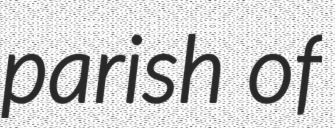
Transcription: parish of